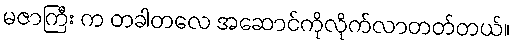
မဇာကြီး က တခါတလေ အဆောင်ကိုလိုက်လာတတ်တယ်။